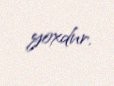
yoxdur.